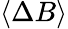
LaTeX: \langle\Delta B\rangle